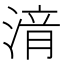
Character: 湇